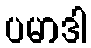
ပမာဒါ